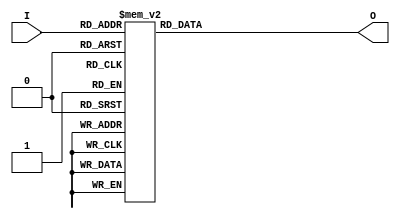
// Decoder4to16.v
// John Wilkes

module Decoder4to16(input [3:0] I, output reg [15:0] O);

    always @(I) begin
        case(I)
             0: O <= 16'h0001;
             1: O <= 16'h0002;
             2: O <= 16'h0004;
             3: O <= 16'h0008;
             4: O <= 16'h0010;
             5: O <= 16'h0020;
             6: O <= 16'h0040;
             7: O <= 16'h0080;
             8: O <= 16'h0100;
             9: O <= 16'h0200;
            10: O <= 16'h0400;
            11: O <= 16'h0800;
            12: O <= 16'h1000;
            13: O <= 16'h2000;
            14: O <= 16'h4000;
            15: O <= 16'h8000;
        endcase
    end

endmodule